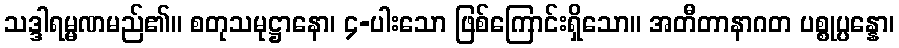
သဒ္ဒါရမ္မဏမည်၏။ စတုသမုဋ္ဌာနော၊ ၄-ပါးသော ဖြစ်ကြောင်းရှိသော။ အတီတာနာဂတ ပစ္စုပ္ပန္နော၊